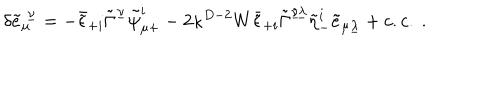
\delta { \tilde { e } } _ { \mu } ^ { \ \underline { { \nu } } } = - \bar { \tilde { \epsilon } } _ { + i } \tilde { \Gamma } ^ { \underline { { \nu } } } \tilde { \psi } _ { \mu + } ^ { i } - 2 \kappa ^ { D - 2 } W \bar { \tilde { \epsilon } } _ { + i } \tilde { \Gamma } ^ { \underline { { { \nu \lambda } } } } \tilde { \eta } _ { - } ^ { i } \tilde { e } _ { \mu \underline { { \lambda } } } + c . c . \ .